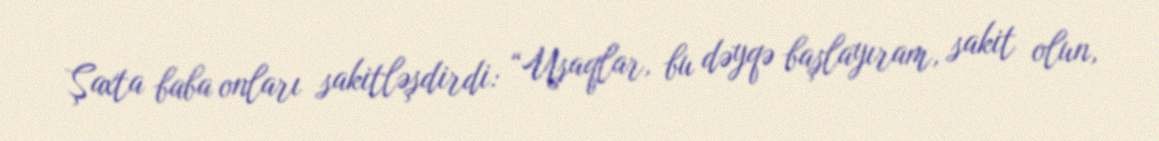
Şaxta baba onları sakitləşdirdi: “Uşaqlar, bu dəyqə başlayıram, sakit olun,